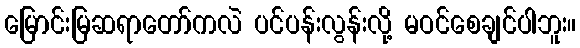
မြောင်းမြဆရာတော်ကလဲ ပင်ပန်းလွန်းလို့ မဝင်စေချင်ပါဘူး။